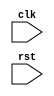
module Ethernet_bus_controller (
  input wire clk,
  input wire rst,
  // other input and output ports
  
  // Timing control module
);

  // Clock generation logic
  always @ (posedge clk or posedge rst) begin
    if (rst) begin
      // Reset logic
    end else begin
      // Clock generation logic
    end
  end

  // Data synchronization logic
  always @ (posedge clk or posedge rst) begin
    if (rst) begin
      // Reset logic
    end else begin
      // Synchronization logic
    end
  end

  // Arbitration and contention resolution logic
  always @ (posedge clk or posedge rst) begin
    if (rst) begin
      // Reset logic
    end else begin
      // Arbitration and contention resolution logic
    end
  end

  // Other modules for handling data packets and Ethernet protocol specifications

endmodule